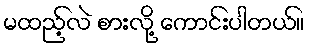
မထည့်လဲ စားလို့ ကောင်းပါတယ်။